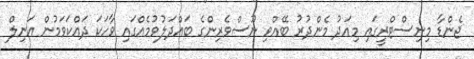
ޖެންޑާ މިނިސްޓްރީގައި މިއަދު މެންދުރު ބޭއްވި ނޫސްވެރިންގެ ބައްދަލުވުމެއްގައި ވާހަކަ ދައްކަވަމުން އަނިލް